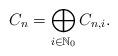
LaTeX: \begin{align*}C_n = \bigoplus_{i\in \mathbb{N}_0} C_{n,i}.\end{align*}